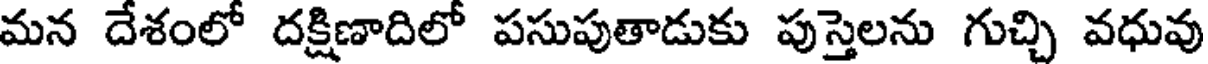
మన దేశంలో దక్షిణాదిలో పసుపుతాడుకు పుస్తెలను గుచ్చి వధువు